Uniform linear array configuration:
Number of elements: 16
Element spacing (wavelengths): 0.25
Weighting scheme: binomial
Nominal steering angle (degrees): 45
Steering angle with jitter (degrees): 44.134
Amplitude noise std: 0.05
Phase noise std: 0.05

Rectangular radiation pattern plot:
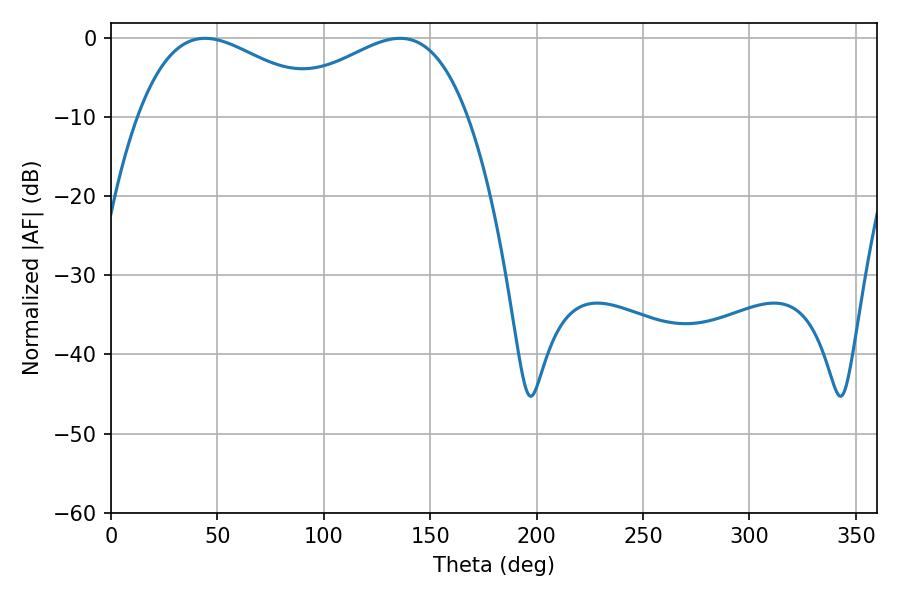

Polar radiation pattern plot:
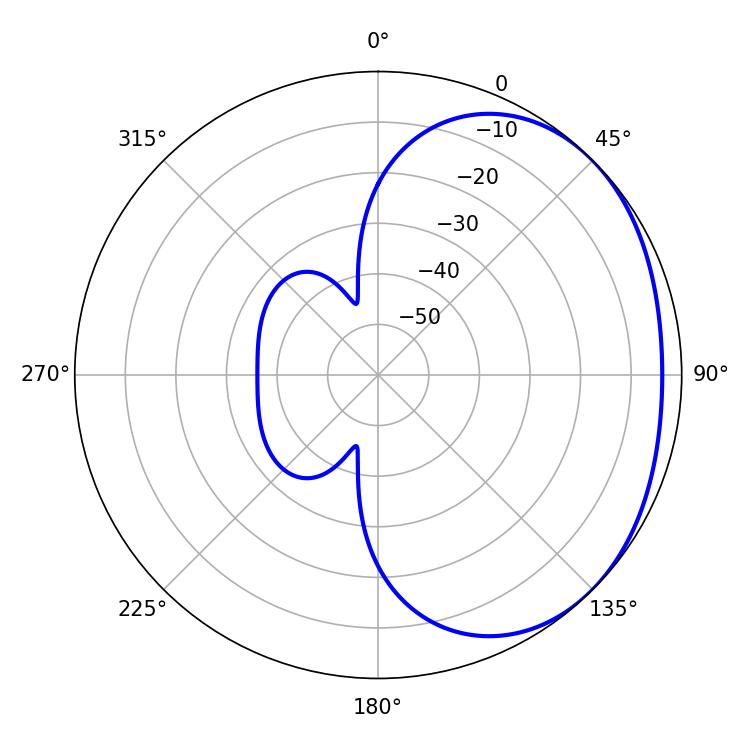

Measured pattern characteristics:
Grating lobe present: FALSE
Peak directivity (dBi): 1.947
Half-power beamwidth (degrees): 49.5
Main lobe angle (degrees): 44.28